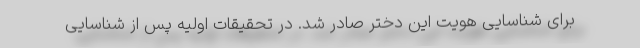
برای شناسایی هویت این دختر صادر شد. در تحقیقات اولیه پس از شناسایی